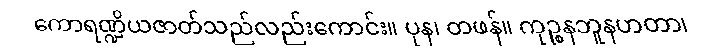
ကောရဏ္ဍိယဇာတ်သည်လည်းကောင်း။ ပုန၊ တဖန်။ ကုဉ္စနဘူနဟတာ၊